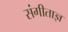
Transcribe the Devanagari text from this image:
संगीताज्ञ